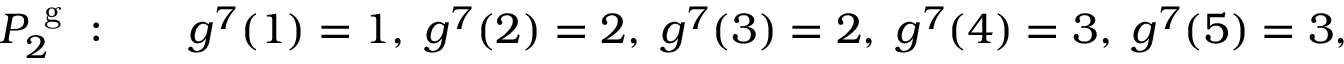
\begin{array} { r l } { P _ { 2 } ^ { \mathrm { ~ g ~ } } : \quad } & { { } g ^ { 7 } ( 1 ) = 1 , \; g ^ { 7 } ( 2 ) = 2 , \; g ^ { 7 } ( 3 ) = 2 , \; g ^ { 7 } ( 4 ) = 3 , \; g ^ { 7 } ( 5 ) = 3 , } \end{array}